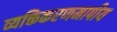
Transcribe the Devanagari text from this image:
व्यक्तिकरणमापीय